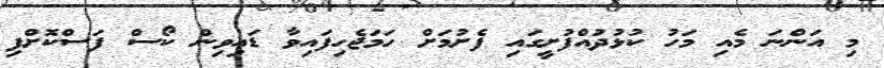
މި އަންނަ މެއި މަހު ކުޅުދުއްފުށީގައި ފެށުމަށް ހަމަޖެހިފައިވާ ޑައިވިން ކޯސް ފަސްކޮށްފި